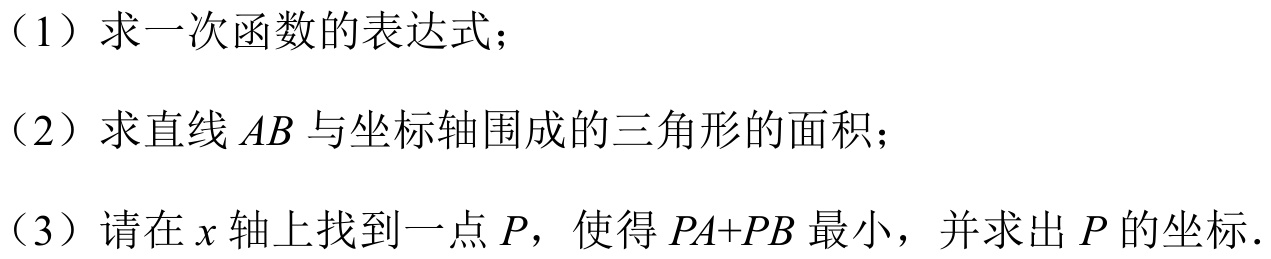
（1）求一次函数的表达式；
（2）求直线\(AB\)与坐标轴围成的三角形的面积；
（3）请在\(x\)轴上找到一点\(P\)，使得\(PA + PB\)最小，并求出\(P\)的坐标.